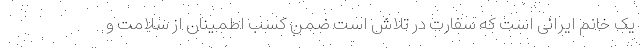
یک خانم ایرانی است که سفارت در تلاش است ضمن کسب اطمینان از سلامت و